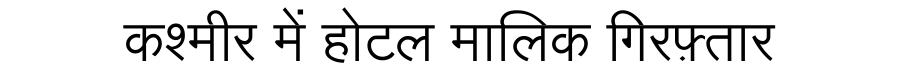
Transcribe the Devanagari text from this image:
कश्मीर में होटल मालिक गिरफ़्तार